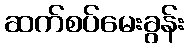
ဆက်စပ်မေးခွန်း